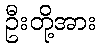
ဦးတို့အား